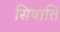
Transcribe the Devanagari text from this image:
सिषाति